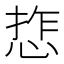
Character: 𢜉